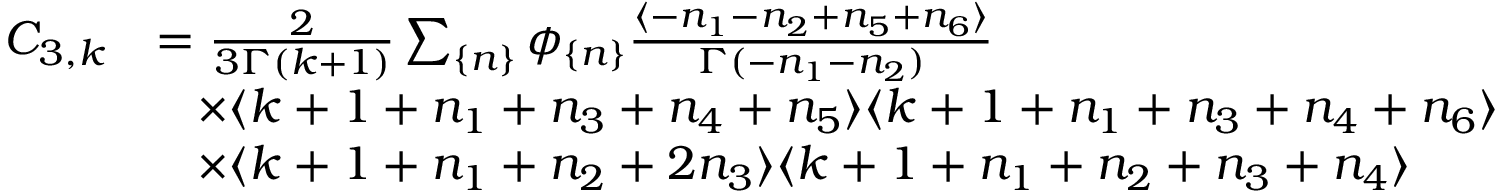
\begin{array} { r l } { C _ { 3 , k } } & { = \frac { 2 } { 3 \Gamma ( k + 1 ) } \sum _ { \{ n \} } \phi _ { \{ n \} } \frac { \langle - n _ { 1 } - n _ { 2 } + n _ { 5 } + n _ { 6 } \rangle } { \Gamma ( - n _ { 1 } - n _ { 2 } ) } } \\ & { \; \; \; \times \langle k + 1 + n _ { 1 } + n _ { 3 } + n _ { 4 } + n _ { 5 } \rangle \langle k + 1 + n _ { 1 } + n _ { 3 } + n _ { 4 } + n _ { 6 } \rangle } \\ & { \; \; \; \times \langle k + 1 + n _ { 1 } + n _ { 2 } + 2 n _ { 3 } \rangle \langle k + 1 + n _ { 1 } + n _ { 2 } + n _ { 3 } + n _ { 4 } \rangle } \end{array}